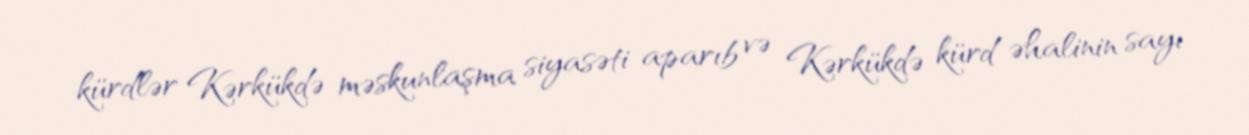
kürdlər Kərkükdə məskunlaşma siyasəti aparıb və Kərkükdə kürd əhalinin sayı